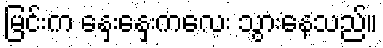
မြင်းက နှေးနှေးကလေး သွားနေသည်။